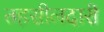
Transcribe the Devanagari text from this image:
तहसीलदारी